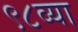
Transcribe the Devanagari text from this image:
९८व्या